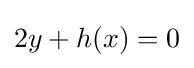
2y+h(x)=0